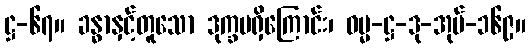
ဋ္ဌ-၆၇။ ခန္ဓာနှင့်တူသော ဒုက္ခမရှိကြောင်း၊ ဓမ္မ-ဋ္ဌ-ဒု-အုပ်-၁၆၉။